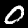
Label: 0